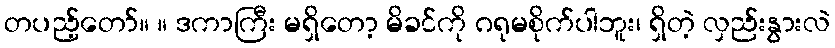
တပည့်တော်။ ။ ဒကာကြီး မရှိတော့ မိခင်ကို ဂရုမစိုက်ပါဘူး၊ ရှိတဲ့ လှည်းနွားလဲ